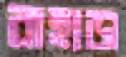
বাহাড়া